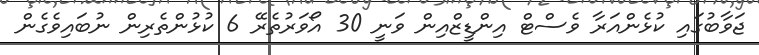
ޖަވާބުގައި ކުޅެންއަރާ ވެސްޓް އިންޑީޒްއިން ވަނީ 30 އޯވަރުތެރޭ 6 ކުޅުންތެރިން ނުބައިވެގެން